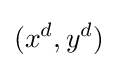
(x^{d},y^{d})